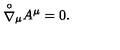
{ \stackrel { \circ } { \nabla } } { } _ { \mu } A ^ { \mu } = 0 .